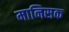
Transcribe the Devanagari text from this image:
मानिसक